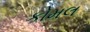
કોમલ